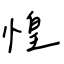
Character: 惶